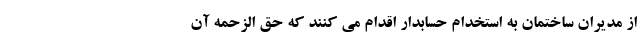
از مدیران ساختمان به استخدام حسابدار اقدام می کنند که حق الزحمه آن